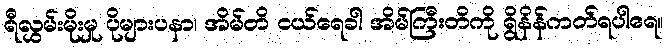
ရီလွှမ်းမိုးမှု ပိုများပနာ၊ အိမ်တိ ငယ်ရေခါ အိမ်ကြီးတိကို ရွိနိန်ကတ်ရပါရေ။